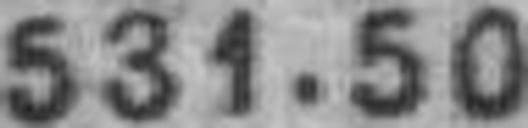
531.50